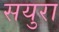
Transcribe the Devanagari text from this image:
सयुरा